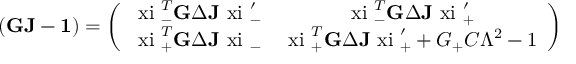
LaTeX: \left( { \bf G J - 1 } \right) = \left( \begin{array} { c c } { { \mathrm { \boldmath ~ x i ~ } _ { - } ^ { T } { \bf G } \Delta { \bf J } \mathrm { \boldmath ~ x i ~ } _ { - } ^ { \prime } } } & { { \mathrm { \boldmath ~ x i ~ } _ { - } ^ { T } { \bf G } \Delta { \bf J } \mathrm { \boldmath ~ x i ~ } _ { + } ^ { \prime } } } \\ { { \mathrm { \boldmath ~ x i ~ } _ { + } ^ { T } { \bf G } \Delta { \bf J } \mathrm { \boldmath ~ x i ~ } _ { - } } } & { { \mathrm { \boldmath ~ x i ~ } _ { + } ^ { T } { \bf G } \Delta { \bf J } \mathrm { \boldmath ~ x i ~ } _ { + } ^ { \prime } + G _ { + } C \Lambda ^ { 2 } - 1 } } \end{array} \right)